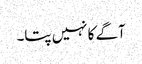
آگے کا نہیں پتا۔